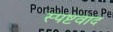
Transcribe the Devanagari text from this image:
स्पष्टवाद